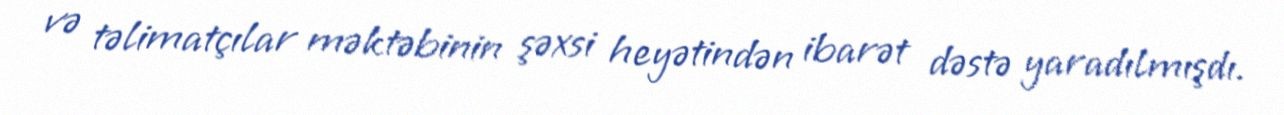
və təlimatçılar məktəbinin şəxsi heyətindən ibarət dəstə yaradılmışdı.